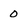
Character: 0